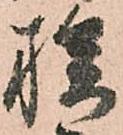
族